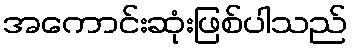
အကောင်းဆုံးဖြစ်ပါသည်